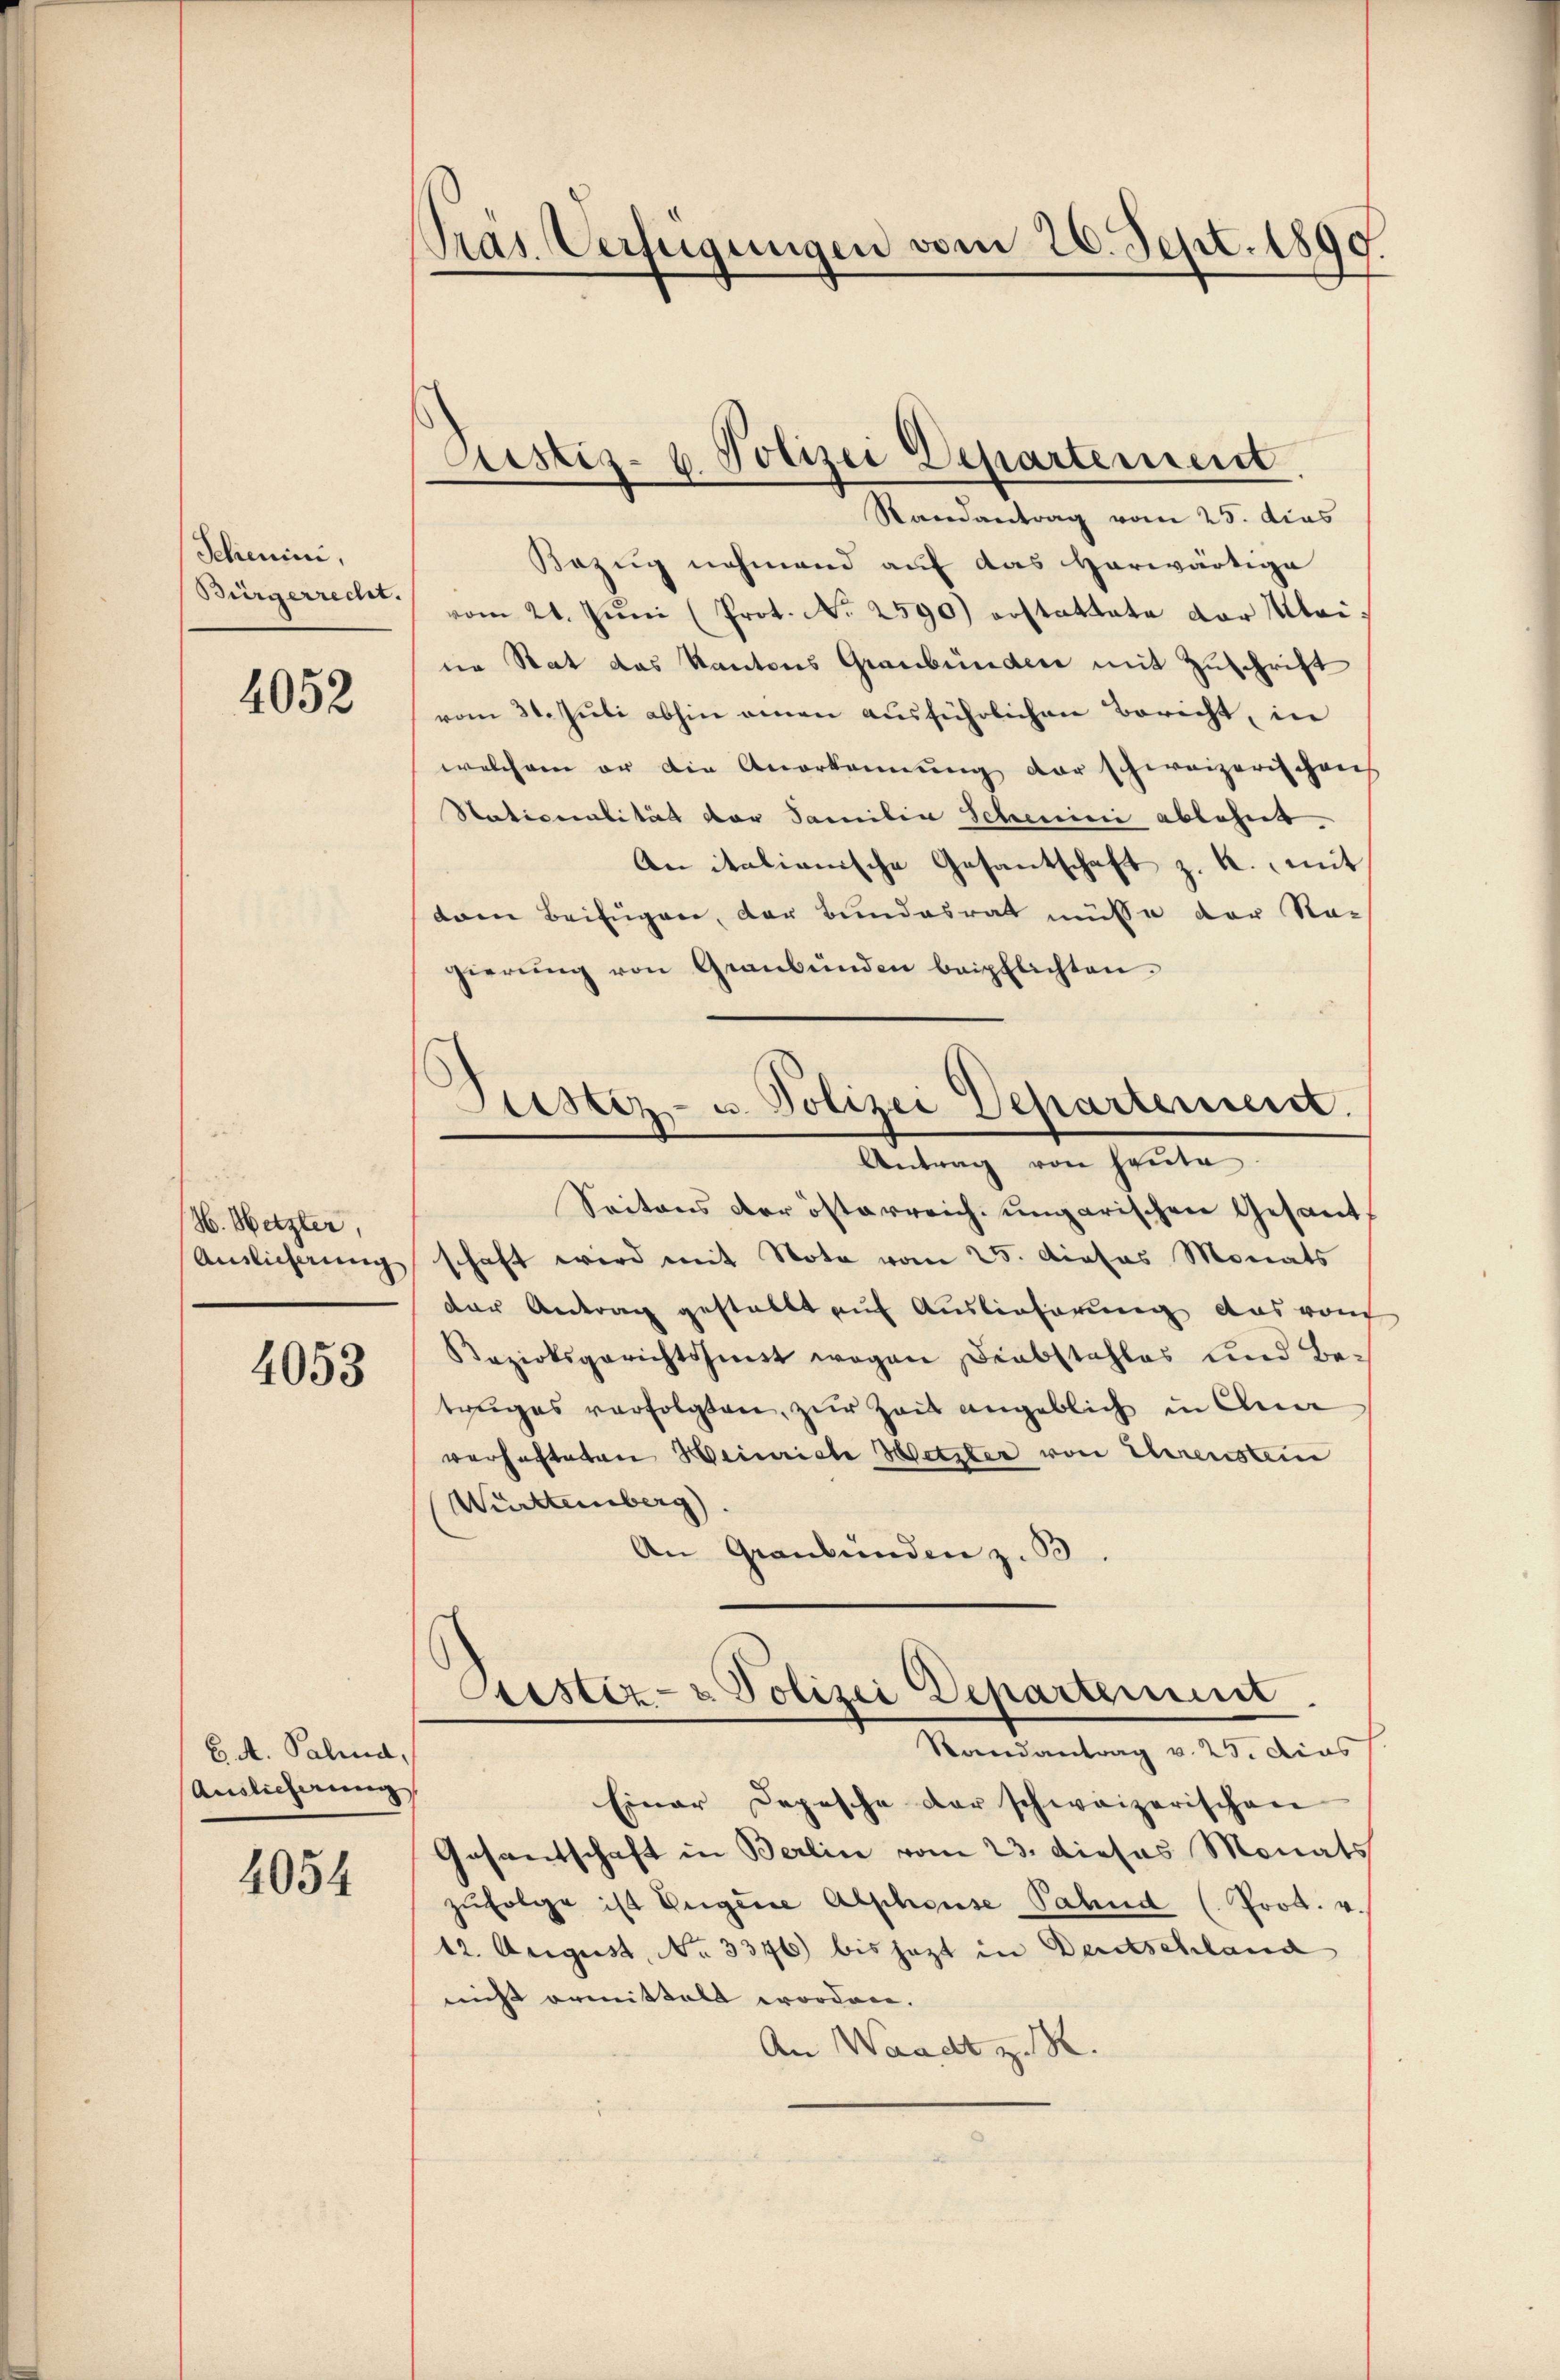
Schenini,
Bürgerrecht.

4052

H. Netzter,

4053

6. A. Palia,
Auslieferung

4054

Präs. Verfügungen vom 26. Sept. 1890

Justiz- u. Polizei Departement

Randantrag vom 25. das
Bezug nehmend auf das herwärtige
vom 21. Jŭni (Prot. No 2590) erstattete der Mei
ne Rat das Kantons Graubünden mit Zuschrift
vom 31. Jŭli abhin einen ausführlichen Bericht, in
welchem er die Anerkennung der schweizerischen
Stationalität der Familia Schemini ablehnt.
An italienische Gesantschaft z. K.   mit
dren Beifügen, der Bundesrath müsse der Nac
gierŭng von Graubünden beipflichten.
Seitens der österreich ungarischen Gesand¬
Auslicherung schaft wird mit Nota vom 25. dieas Monats
der Antrag gestellt auf Auslieferung aus von
Bezirksgerichtshist wegen Diabstahles und Betruges verfolgten, zur Zeit angeblich in Ana
verhafteten Weinriche Wetzter von Ehrenstein
Württemberg).
An Graubünden z. B.
Sistiz- & Polizei Departement.
Randantrag v. 25. dies
Einer Depesche der schweizerischen
Gasantschaft in Berlin vom 23. dieses Monats
zŭfolge ist Eugene Alphouse Fahnd (Prot. v.
12. August, No 3346) bis jezt in Deutschland
nicht ermittelt worden.
An Waadt z. R.

Justiz- u. Polizei Departement.
Antrag von heŭte